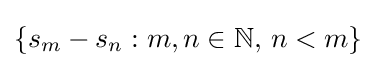
\{s_{m}-s_{n}:m,n\in \mathbb {N} ,\,n<m\}